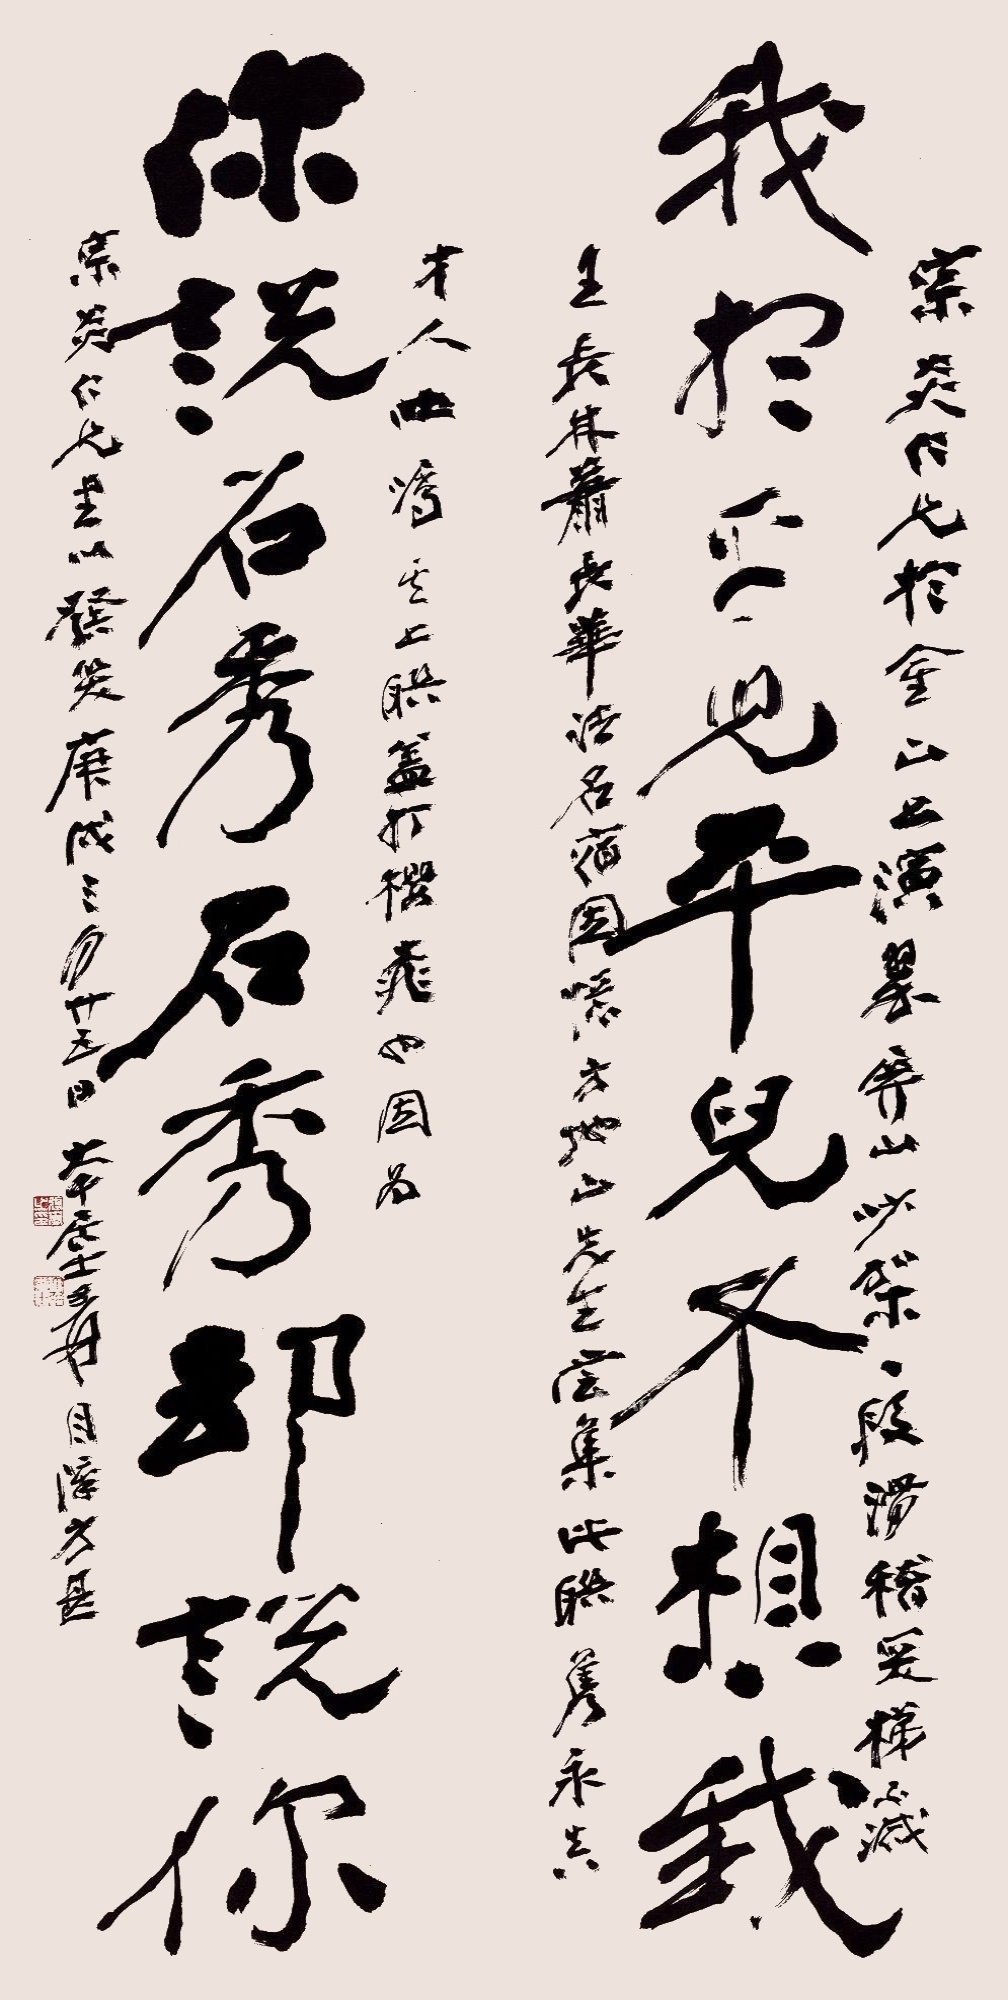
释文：我想平儿平儿不想我，你说石秀石秀却说你。宗炎仁兄于金山上演《翠屏山》吵架一段，滑稽突梯，不减王长林、萧长华诸名宿，因忆方地山先生尝集此联，隽永真才人吐属，其上联盖“打樱桃”也，因为宗炎仁兄书以发笑。庚戌三月廿五日，大千居士爰目障方甚。